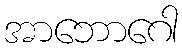
အာဘောဂေါ